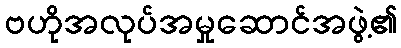
ဗဟိုအလုပ်အမှုဆောင်အဖွဲ့၏